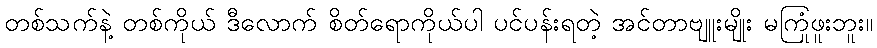
တစ်သက်နဲ့ တစ်ကိုယ် ဒီလောက် စိတ်ရောကိုယ်ပါ ပင်ပန်းရတဲ့ အင်တာဗျူးမျိုး မကြုံဖူးဘူး။